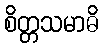
စိတ္တသမာဓိ